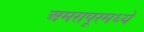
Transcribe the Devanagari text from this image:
अमरापूरमध्ये